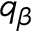
q _ { \beta }